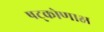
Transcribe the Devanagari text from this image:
षट्कोणाक्ष